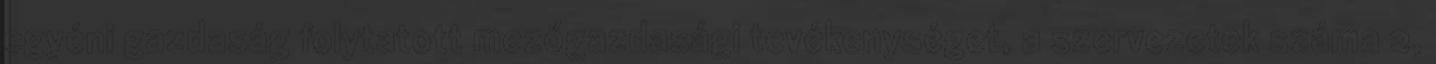
egyéni gazdaság folytatott mezőgazdasági tevékenységet, a szervezetek száma 2,